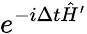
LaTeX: e^{-i\Delta t\hat{H}^{\prime}}